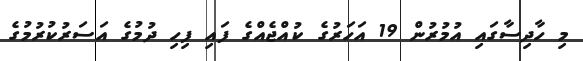
މި ހާދިސާގައި އުމުރުން 19 އަހަރުގެ ކުއްޖެއްގެ ފައި ފިހި ދުމުގެ އަސަރުކުރުމުގެ